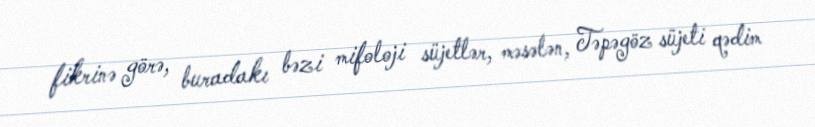
fikrinə görə, buradakı bəzi mifoloji süjetlər, məsələn, Təpəgöz süjeti qədim